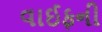
વાઈફની